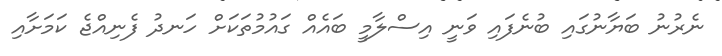
ނެރުނު ބަޔާނުގައި ބުނެފައި ވަނީ އިސްލާމީ ބައެއް ގައުމުތަކަށް ހަނދު ފެނިއްޖެ ކަމަށާއި